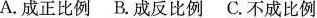
A.成正比例 B.成反比例 C.不成比例